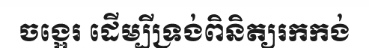
ចង្អេរ ដើម្បីទ្រង់ពិនិត្យរកកង់